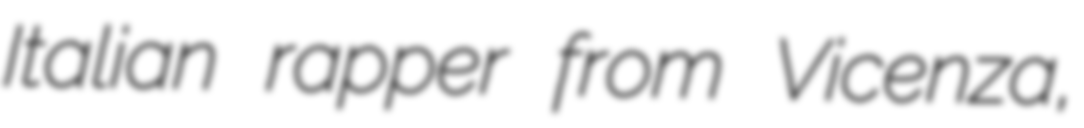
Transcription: Italian rapper from Vicenza,